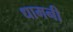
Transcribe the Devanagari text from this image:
धामनी